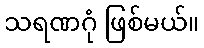
သရဏဂုံ ဖြစ်မယ်။